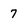
Character: 7